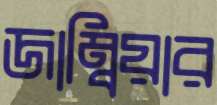
জাম্বিয়ার